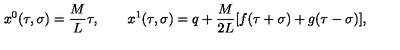
x ^ { 0 } ( \tau , \sigma ) = \frac M L \tau , \quad \quad x ^ { 1 } ( \tau , \sigma ) = q + \frac M { 2 L } [ f ( \tau + \sigma ) + g ( \tau - \sigma ) ] ,